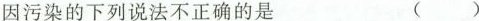
因污染，关于基因污染的下列说法不正确的是 ( )